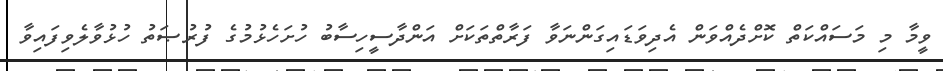
ވީމާ މި މަސައްކަތް ކޮށްދެއްވަން އެދިވަޑައިގަންނަވާ ފަރާތްތަކަށް އަންދާސީހިސާބު ހުށަހެޅުމުގެ ފުރުޞަތު ހުޅުވާލެވިފައިވާ